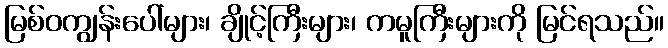
မြစ်ဝကျွန်းပေါ်များ၊ ချိုင့်ကြီးများ၊ ကမူကြီးများကို မြင်ရသည်။